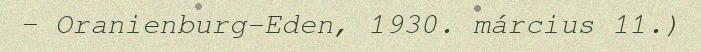
– Oranienburg-Eden, 1930. március 11.)